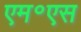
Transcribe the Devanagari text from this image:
एम॰एस